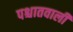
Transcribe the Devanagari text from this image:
पश्चातवाली